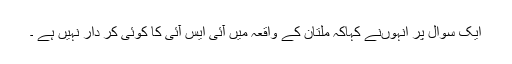
ایک سوال پر انہوںنے کہاکہ ملتان کے واقعہ میں آئی ایس آئی کا کوئی کر دار نہیں ہے ۔